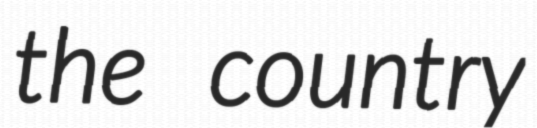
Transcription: the country